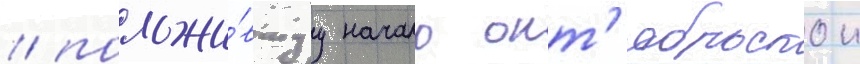
/ положи́вшуу начало окт'ябрьскои